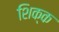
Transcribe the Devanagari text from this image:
शिक्क